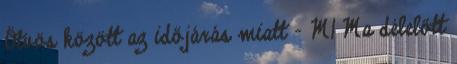
Ötvös között az időjárás miatt - M1 Ma délelőtt